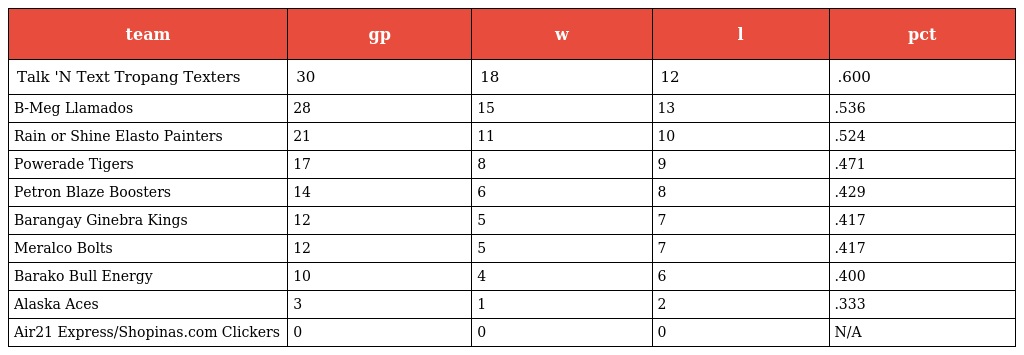
| team | gp | w | l | pct |
 | --- | --- | --- | --- | --- |
 | Talk 'N Text Tropang Texters | 30 | 18 | 12 | .600 |
 | B-Meg Llamados | 28 | 15 | 13 | .536 |
 | Rain or Shine Elasto Painters | 21 | 11 | 10 | .524 |
 | Powerade Tigers | 17 | 8 | 9 | .471 |
 | Petron Blaze Boosters | 14 | 6 | 8 | .429 |
 | Barangay Ginebra Kings | 12 | 5 | 7 | .417 |
 | Meralco Bolts | 12 | 5 | 7 | .417 |
 | Barako Bull Energy | 10 | 4 | 6 | .400 |
 | Alaska Aces | 3 | 1 | 2 | .333 |
 | Air21 Express/Shopinas.com Clickers | 0 | 0 | 0 | N/A |